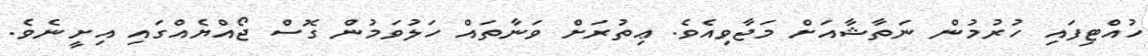
ހުއްޓިފައި ހުރުމުން ނަތާޝާއަށް މަޖާވިއެވެ. ޢިތުރަށް ވަނާތައް ހަލުވަމުން ގޮސް ޖޯއްޔެއްގައި އިށީނެވެ.